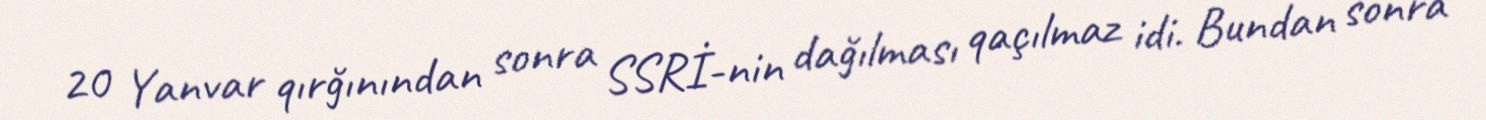
20 Yanvar qırğınından sonra SSRİ-nin dağılması qaçılmaz idi. Bundan sonra